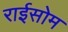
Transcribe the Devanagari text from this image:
राईसोम